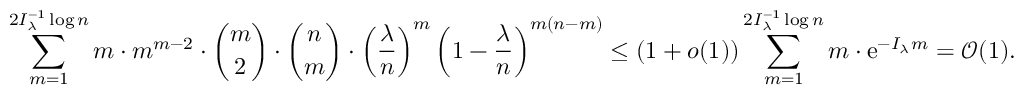
\sum _ { m = 1 } ^ { 2 I _ { \lambda } ^ { - 1 } \log n } m \cdot m ^ { m - 2 } \cdot \binom { m } { 2 } \cdot \binom { n } { m } \cdot \left( \frac { \lambda } { n } \right) ^ { m } \left( 1 - \frac { \lambda } { n } \right) ^ { m ( n - m ) } \le ( 1 + o ( 1 ) ) \sum _ { m = 1 } ^ { 2 I _ { \lambda } ^ { - 1 } \log n } m \cdot \mathrm { e } ^ { - I _ { \lambda } m } = \mathcal { O } ( 1 ) .